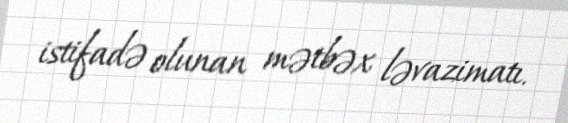
istifadə olunan mətbəx ləvazimatı.